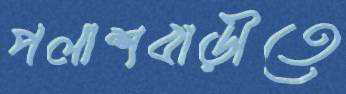
পলাশবাড়ীতে